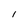
Character: l